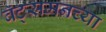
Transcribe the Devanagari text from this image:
बॅट्समनच्या